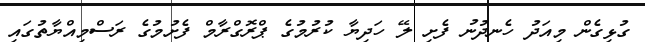
ގުޅިގެން މިއަދު ހެނދުނު ފެށި ލޭ ހަދިޔާ ކުރުމުގެ ޕްރޮގްރާމް ފެށުމުގެ ރަސްމިއްޔާތުގައި